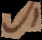
s